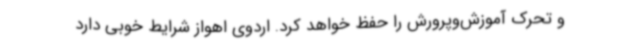
و تحرک آموزش‌وپرورش را حفظ خواهد کرد. اردوی اهواز شرایط خوبی دارد